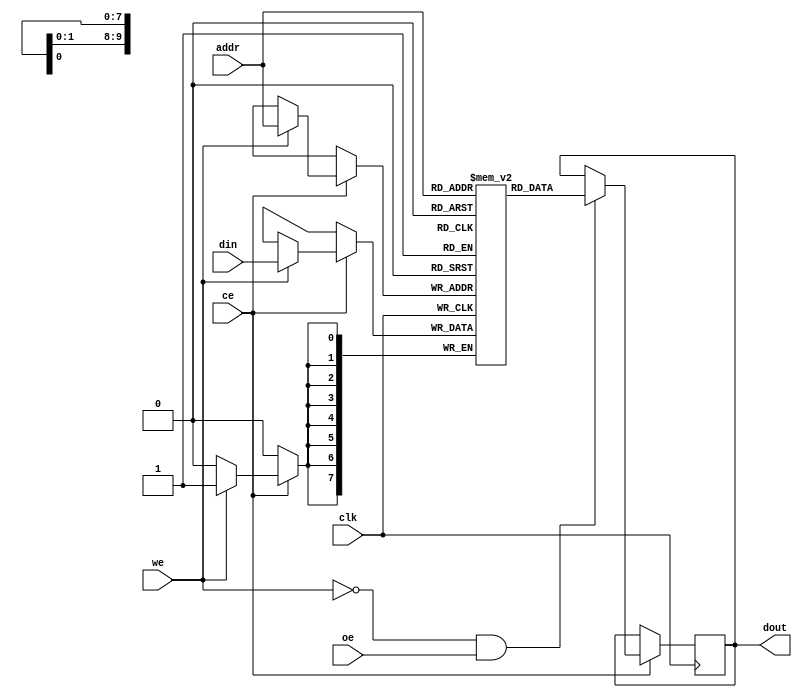
module sync_sram #(
    parameter DATA_WIDTH = 8,      // Configurable data width (8, 16, 32 bits)
    parameter ADDR_WIDTH = 10,      // Address width (for 1KB of memory with 8-bit data)
    parameter MEM_DEPTH = (1 << ADDR_WIDTH) // Number of memory locations
)(
    input wire clk,                 // Clock signal
    input wire ce,                  // Chip Enable
    input wire we,                  // Write Enable
    input wire oe,                  // Output Enable
    input wire [ADDR_WIDTH-1:0] addr, // Address input
    input wire [DATA_WIDTH-1:0] din,  // Data input for write operations
    output reg [DATA_WIDTH-1:0] dout // Data output for read operations
);

    // Memory array
    reg [DATA_WIDTH-1:0] mem [0:MEM_DEPTH-1];

    // Read/Write operation
    always @(posedge clk) begin
        if (ce) begin
            if (we) begin
                // Write operation
                mem[addr] <= din; // Write data to memory
            end
            if (!we && oe) begin
                // Read operation
                dout <= mem[addr]; // Read data from memory
            end
        end
    end

endmodule